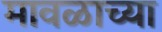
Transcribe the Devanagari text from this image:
मावळाच्या